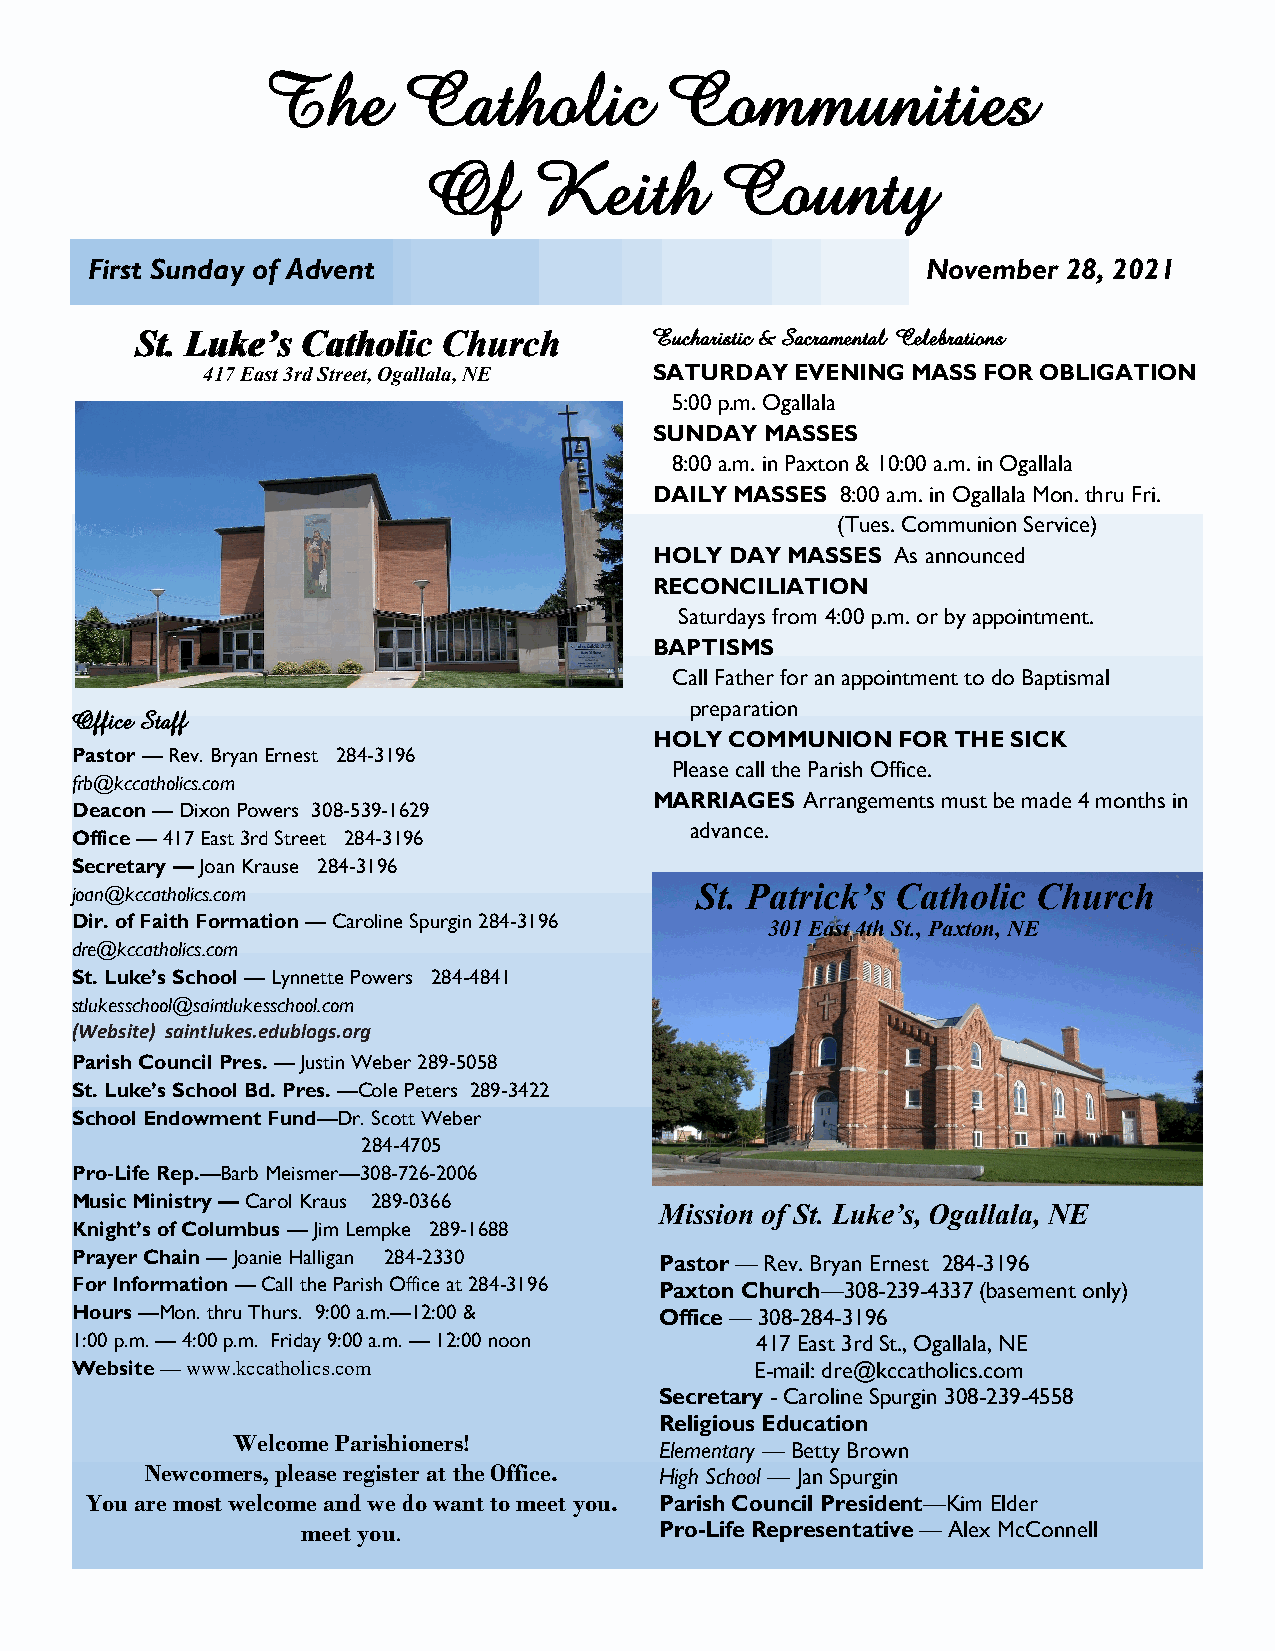
The       Catholic         Communities
 Of     Keith        County
 First Sunday of Advent                                 November  28, 2021
 SStt.. LLuukkee’’ss CCaatthhoolliicc CChhuurrcchh Eucharistic & Sacramental Celebrations
 417 East 3rd Street, Ogallala, NE SATURDAY EVENING MASS FOR OBLIGATION
 5:00 p.m. Ogallala
 SUNDAY  MASSES
 8:00 a.m. in Paxton & 10:00 a.m. in Ogallala
 DAILY MASSES 8:00 a.m. in Ogallala Mon. thru Fri.
 (Tues. Communion Service)
 HOLY DAY MASSES As announced
 RECONCILIATION
 Saturdays from 4:00 p.m. or by appointment.
 BAPTISMS
 Call Father for an appointment to do Baptismal
 preparation
 Office Staff
 HOLY COMMUNION  FOR THE SICK
 Pastor — Rev. Bryan Ernest 284-3196
 Please call the Parish Office.
 frb@kccatholics.com
 MARRIAGES Arrangements must be made 4 months in
 Deacon — Dixon Powers 308-539-1629
 advance.
 Office — 417 East 3rd Street 284-3196
 Secretary — Joan Krause 284-3196
 joan@kccatholics.com                     St. Patrick’s Catholic Church
 Dir. of Faith Formation — Caroline Spurgin 284-3196 301 East 4th St., Paxton, NE
 dre@kccatholics.com
 St. Luke’s School — Lynnette Powers 284-4841
 stlukesschool@saintlukesschool.com
 (Website) saintlukes.edublogs.org
 Parish Council Pres. — Justin Weber 289-5058
 St. Luke’s School Bd. Pres. —Cole Peters 289-3422
 School Endowment Fund—Dr. Scott Weber
 284-4705
 Pro-Life Rep.—Barb Meismer—308-726-2006
 Music Ministry — Carol Kraus 289-0366
 Mission of St. Luke’s, Ogallala, NE
 Knight’s of Columbus — Jim Lempke 289-1688
 Prayer Chain — Joanie Halligan 284-2330 Pastor — Rev. Bryan Ernest 284-3196
 For Information — Call the Parish Office at 284-3196 Paxton Church—308-239-4337 (basement only)
 Hours —Mon. thru Thurs. 9:00 a.m.—12:00 & Office — 308-284-3196
 1:00 p.m. — 4:00 p.m. Friday 9:00 a.m. — 12:00 noon 417 East 3rd St., Ogallala, NE
 Website — www.kccatholics.com                E-mail: dre@kccatholics.com
 Secretary - Caroline Spurgin 308-239-4558
 Religious Education
 Welcome Parishioners!
 Elementary — Betty Brown
 Newcomers, please register at the Office. High School — Jan Spurgin
 You are most welcome and we do want to meet you. Parish Council President—Kim Elder
 meet you.               Pro-Life Representative — Alex McConnell